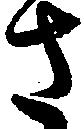
さ